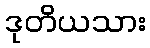
ဒုတိယသား